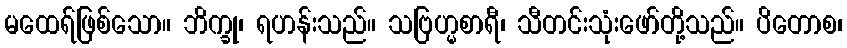
မထေရ်ဖြစ်သော။ ဘိက္ခု၊ ရဟန်းသည်။ သဗြဟ္မစာရီ၊ သီတင်းသုံးဖော်တို့သည်။ ပိတောစ၊